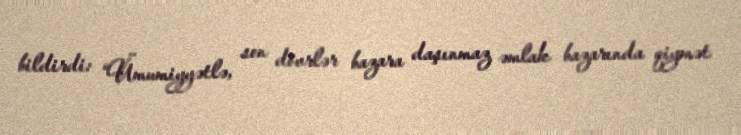
bildirdi: “Ümumiyyətlə, son dövrlər bazara daşınmaz əmlak bazarında qiymət